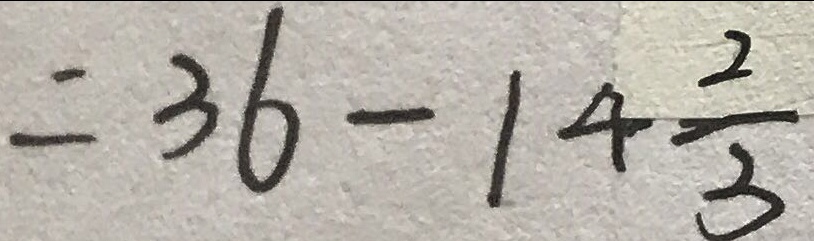
= 3 6 - 1 4 \frac { 2 } { 3 }